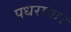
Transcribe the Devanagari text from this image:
पधराया।